Bulletin of the Pasteur Institute of Southern India, Coonoor - No. 2.
Year: 1909
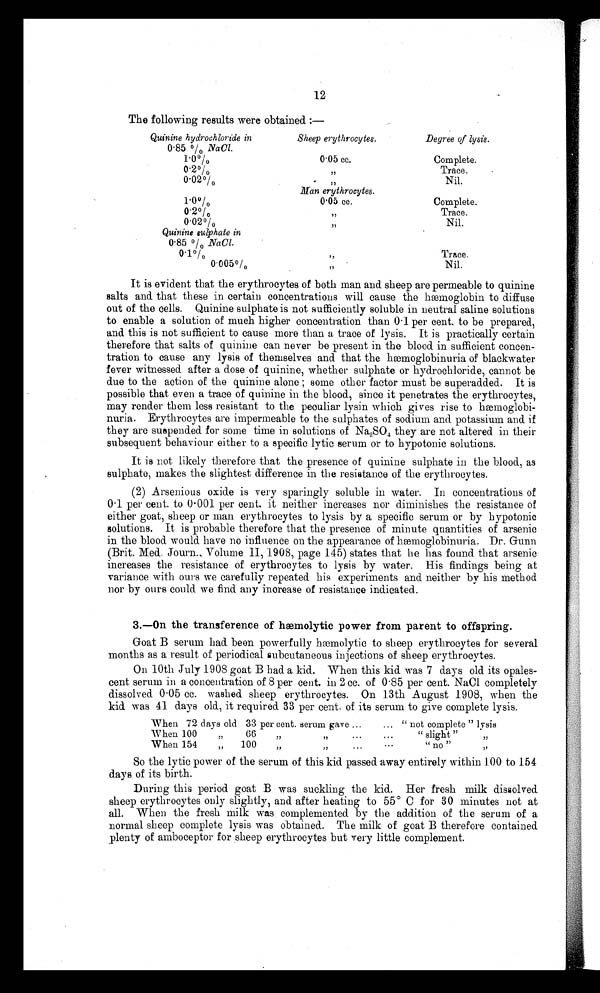
12
The following results were obtained :—
Quinine hydrochloride in
Sheep erythrocytes.
Degree of lysis.
0'85 %
N
aCl.
1 . 0 0 /0 0.05 cc.
Complete.
0.2" Trace.
0.02%
Nil.
Man erythrocytes.
10% 0.05 cc. Complete.
0
.
2 %
Trace.
0
.
0 2 %
Nil.
Quinine sulphate in
0. 85 % NaCl.
0.1%
Trace.
0.005%
Nil.
It is evident that the erythrocytes of both man and sheep are permeable to quinine
salts and that these in certain concentrations will cause the hæmoglobin to diffuse
out of the cells. Quinine sulphate is not sufficiently soluble in neutral saline solutions
to enable a solution of much higher concentration than 0 . 1 per cent. to be prepared,
and this is not sufficient to cause more than a trace of lysis. It is practically certain
therefore that salts of quinine can never be present in the blood in sufficient concen-
tration to cause any lysis of themselves and that the hæmoglobinuria of blackwater
fever witnessed after a dose of quinine, whether sulphate or hydrochloride, cannot be
due to the action of the quinine alone ; some other factor must be superadded. It is
possible that even a trace of quinine in the blood, since it penetrates the erythrocytes,
may render them less resistant to the peculiar lysin which gives rise to
h æ m o g l o b i - n u r i a . E r y t h r o c y t e s a r e i m p e r m e a b l e t o t h e s u l p h a t e s o f s o d i u m a n d p o t a s s i u m a n d i f
they are suspended for some time in solutions of Na 2SO4 they are not altered in their
subsequent behaviour either to a specific lytic serum or to hypotonic solutions.
It is not likely therefore that the presence of quinine sulphate in the blood, as
sulphate, makes the slightest difference in the resistance of the erythrocytes.
(2) Arsenious oxide is very sparingly soluble in water. In concentrations of
0 . 1 per cent. to 0 . 001 per cent. it neither increases nor diminishes the resistance of
either goat, sheep or man erythrocytes to lysis by a specific serum or by hypotonic
solutions. It is probable therefore that the presence of minute quantities of arsenic
in the blood would have no influence on the appearance of hæmoglobinuria. Dr. Gunn
(Brit. Med. Journ., Volume 11, 1908, page 145) states that he has found that arsenic
increases the resistance of erythrocytes to lysis by water. His findings being at
variance with ours we carefully repeated his experiments and neither by his method
nor by ours could we find any increase of resistance indicated.
3.—On the transference of hæmolytic power from parent to offspring.
Goat B serum had been powerfully hæmolytic to sheep erythrocytes for several
months as a result of periodical subcutaneous injections of sheep erythrocytes.
On 10th July 1908 goat B had a kid. When this kid was 7 days old its opales-
cent serum in a concentration of 8 per cent. in 2 cc. of 0 . 85 per cent. NaCI completely
dissolved 0 . 05 cc. washed sheep erythrocytes. On 13th August 1908, when the
kid. was 41 days old., it required 33 per cent. of its serum to give complete lysis.
When 72 days old 33 per cent. serum gave ...
... "not complete" lysis
When 100
66
.
.
. ...
" sl i ght "
When 154
100
.
.
. . . .
"no"
So the lytic power of the serum of this kid passed away entirely within 100 to 154
days of its birth.
During this period goat B was suckling the kid. Her fresh milk dissolved
sheep erythrocytes only slightly, and after heating to 55° C for 30 minutes not at
all. When the fresh milk was complemented by the addition of the serum of a
normal sheep complete lysis was obtained. The milk of goat B therefore contained
plenty of amboceptor for sheep erythrocytes but very little complement.